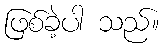
ဖြစ်ခဲ့ပါ သည်။